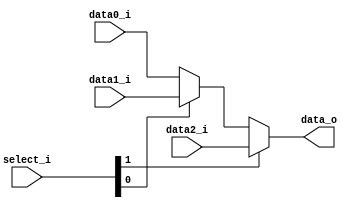
module Mux3to1( data0_i, data1_i, data2_i, select_i, data_o );

parameter size = 0;			   
			
//I/O ports               
input wire	[size-1:0] data0_i;          
input wire	[size-1:0] data1_i;
input wire	[size-1:0] data2_i;
input wire	[2-1:0] select_i;
output wire	[size-1:0] data_o; 

//Main function
assign data_o = select_i[1] ? data2_i : (
					select_i[0] ? data1_i : data0_i
				);

endmodule